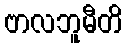
ဗာလဘူမီတိ